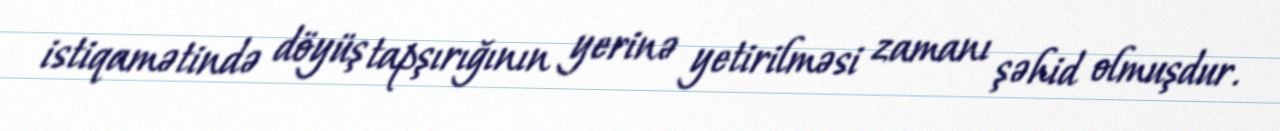
istiqamətində döyüş tapşırığının yerinə yetirilməsi zamanı şəhid olmuşdur.